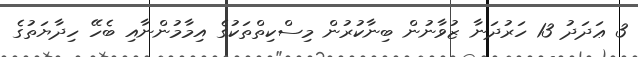
3 ޢަދަދު 13 ހަރުދަނާ ޒުވާނުން ބިނާކުރުން މިސްކިތްތަކުގެ އިމާމުންނާއި ބެހޭ ހިދާޔަތުގެ